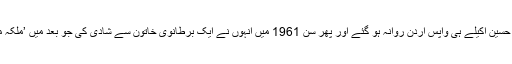
اٹھارہ اپریل سن 1959 کو شاہ حسین اکیلے ہی واپس اردن روانہ ہو گئے اور پھر سن 1961 میں انہوں نے ایک برطانوی خاتون سے شادی کی جو بعد میں ’ملکہ مونا‘ کے نام سے مشہور ہوئیں۔